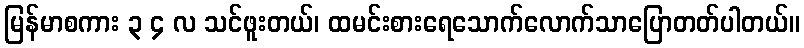
မြန်မာစကား ၃ ၄ လ သင်ဖူးတယ်၊ ထမင်းစားရေသောက်လောက်သာပြောတတ်ပါတယ်။